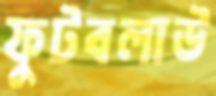
ফুটবলাউ